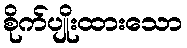
စိုက်ပျိုးထားသော